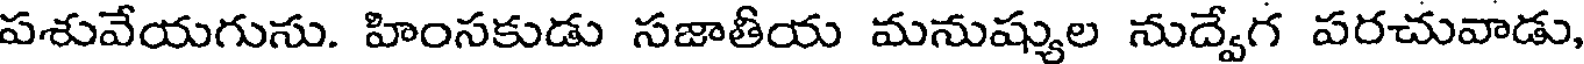
పశువేయగుసు. హింసకుడు సజాతీయ మనుష్యుల నుద్వేగ పరచువాడు,